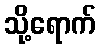
သို့ရောက်